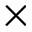
\times